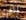
يخفيه